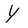
Character: Y